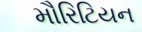
મૌરિટિયન